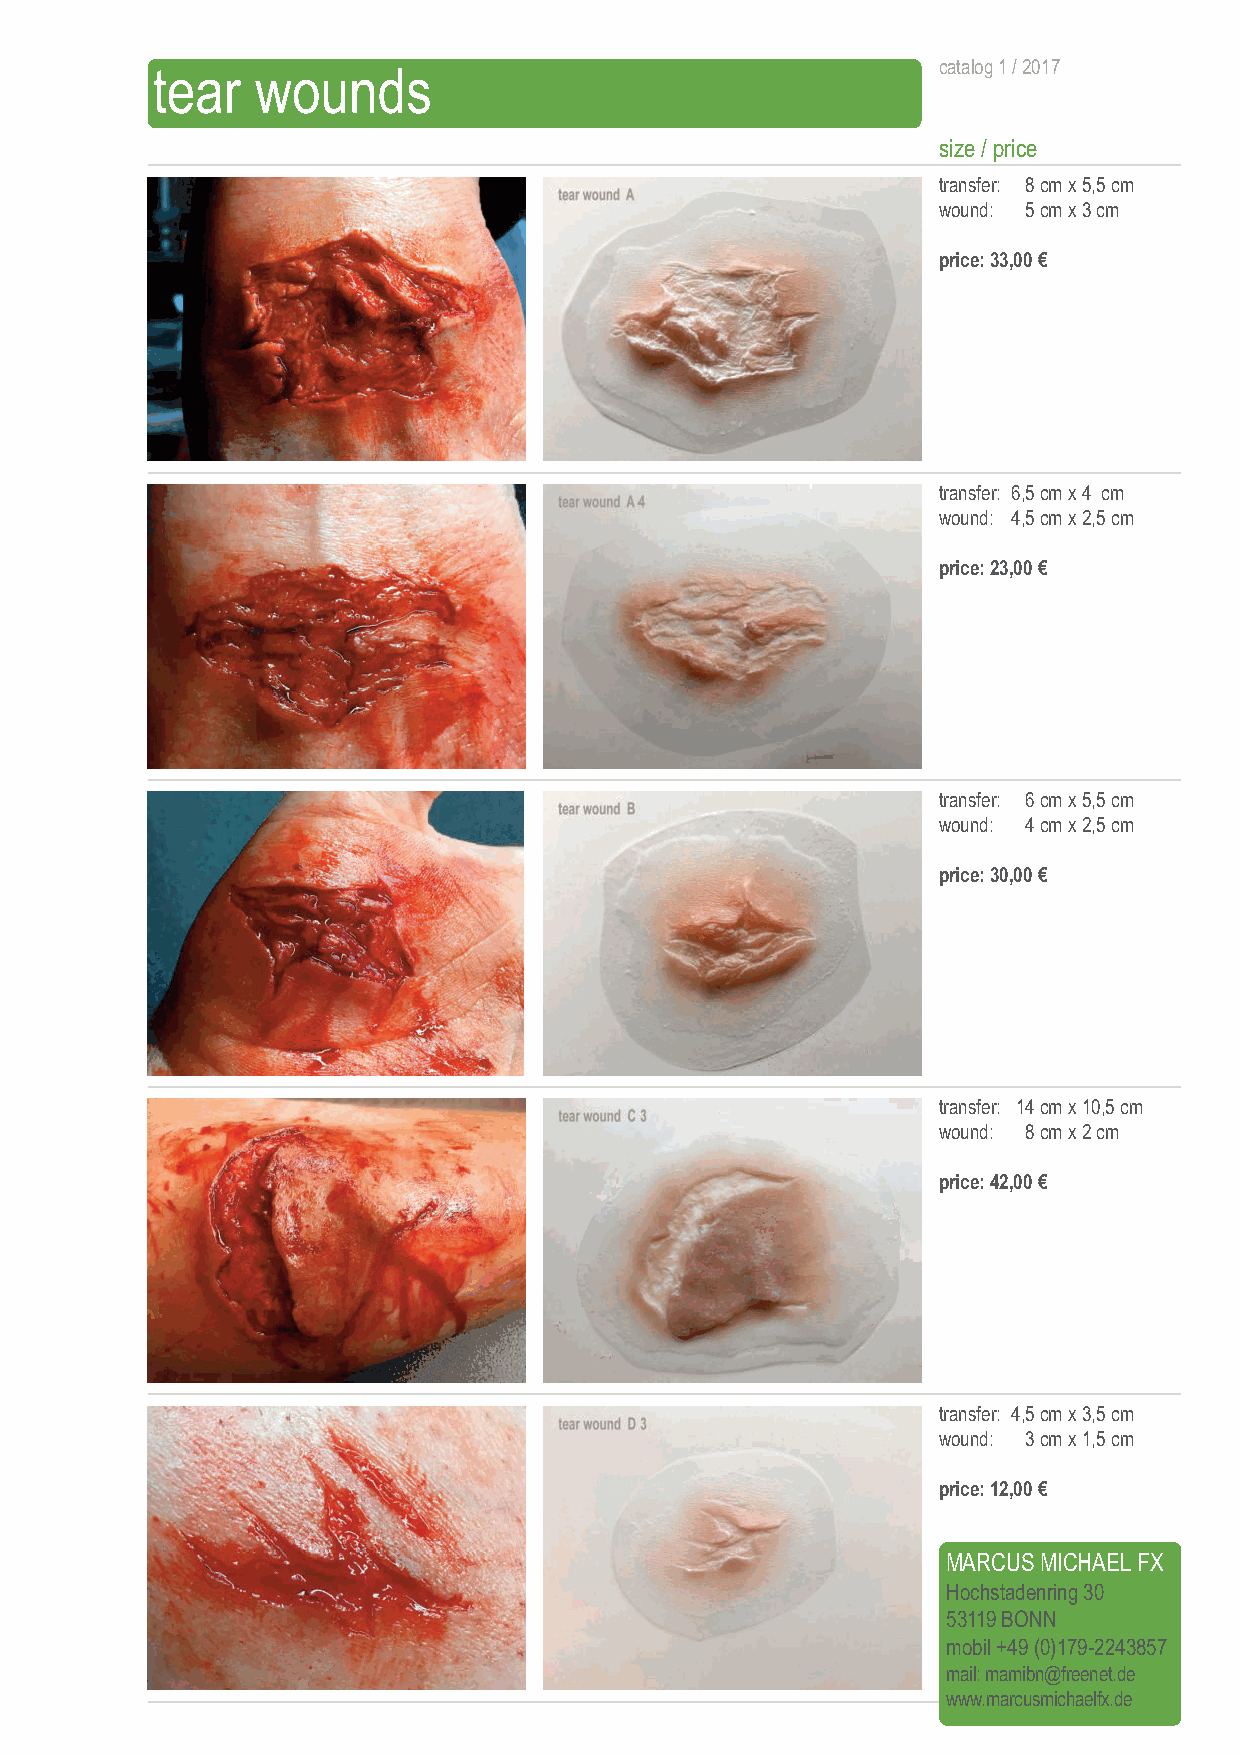
tear   wounds                                       catalog 1 / 2017
 size / price
 transfer: 8 cmx 5,5 cm
 wound: 5 cmx 3 cm
 price: 33,00 €
 transfer: 6,5 cmx 4 cm
 wound: 4,5 cmx 2,5 cm
 price: 23,00 €
 transfer: 6 cmx 5,5 cm
 wound: 4 cmx 2,5 cm
 price: 30,00 €
 transfer: 14 cmx 10,5 cm
 wound: 8 cmx 2 cm
 price: 42,00 €
 transfer: 4,5 cmx 3,5 cm
 wound: 3 cmx 1,5 cm
 price: 12,00 €
 MARCUS MICHAEL FX
 Hochstadenring 30
 53119 BONN
 mobil +49 (0)179-2243857
 mail: mamibn@freenet.de
 www.marcusmichaelfx.de